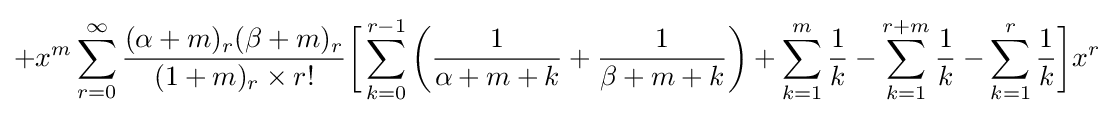
+x^{m}\sum _{r=0}^{\infty }{\frac {(\alpha +m)_{r}(\beta +m)_{r}}{(1+m)_{r}\times r!}}{\bigg [}\sum _{k=0}^{r-1}\left({\frac {1}{\alpha +m+k}}+{\frac {1}{\beta +m+k}}\right)+\sum _{k=1}^{m}{\frac {1}{k}}-\sum _{k=1}^{r+m}{\frac {1}{k}}-\sum _{k=1}^{r}{\frac {1}{k}}{{\bigg ]}x^{r}}